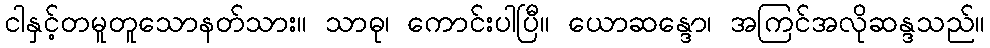
ငါနှင့်တမူတူသောနတ်သား။ သာဓု၊ ကောင်းပါပြီ။ ယောဆန္ဒော၊ အကြင်အလိုဆန္ဒသည်။